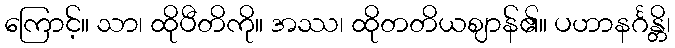
ကြောင့်။ သာ၊ ထိုပီတိကို။ အဿ၊ ထိုတတိယဈာန်၏။ ပဟာနင်္ဂန္တိ၊